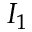
I _ { 1 }